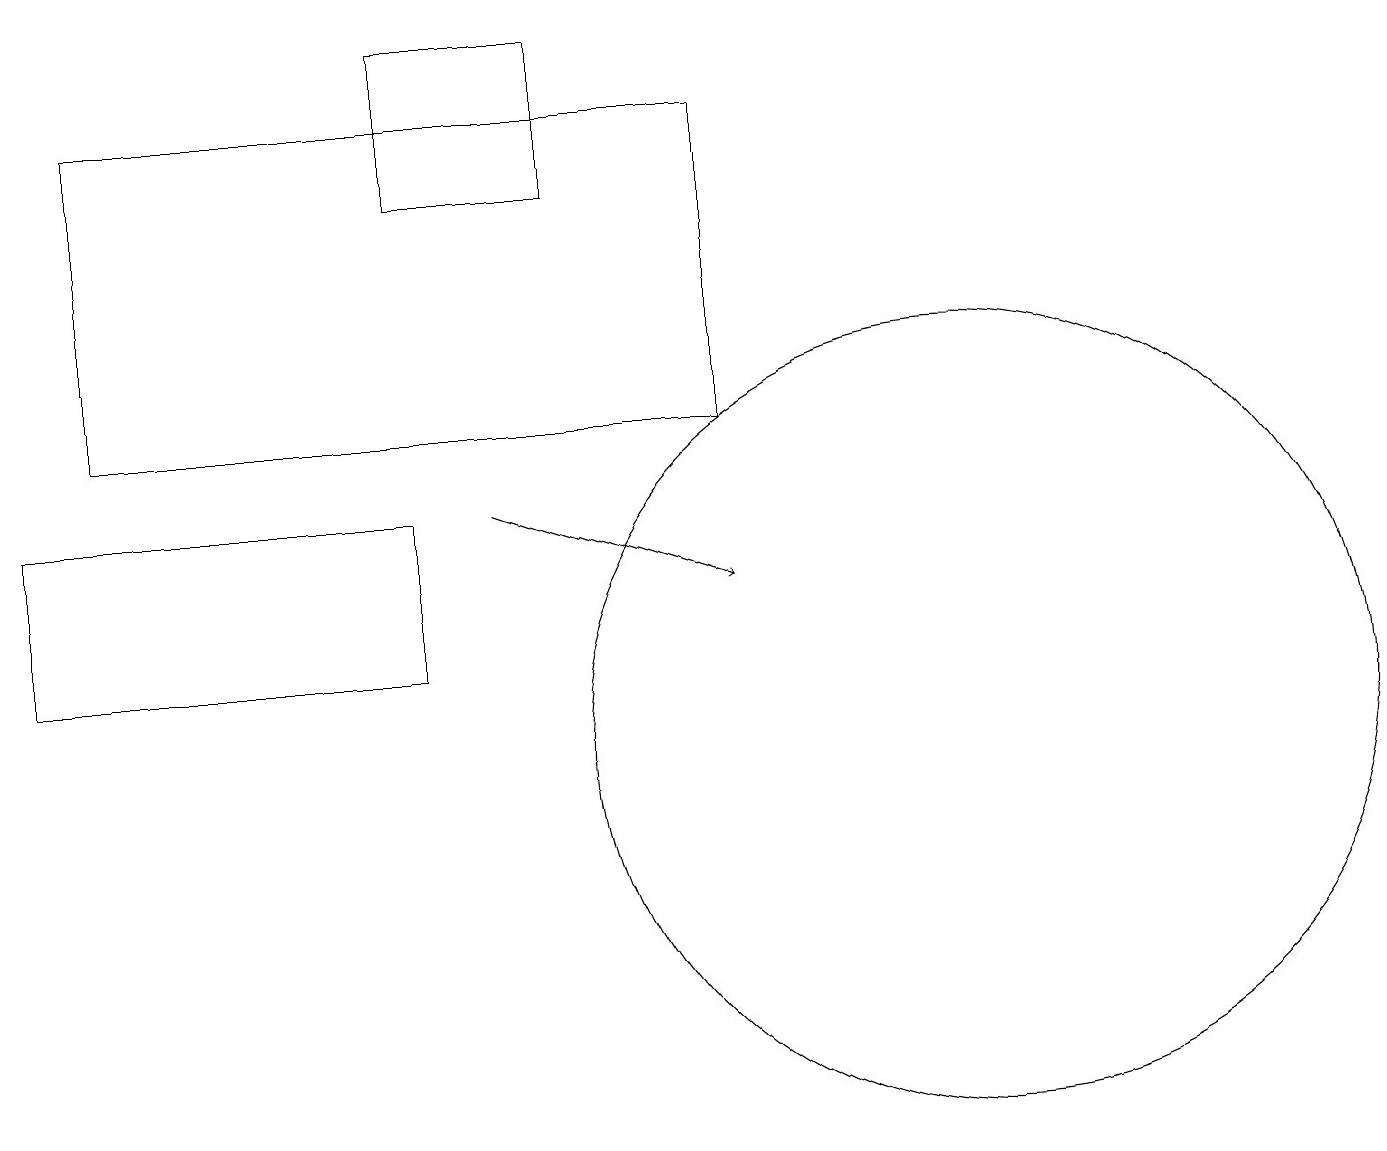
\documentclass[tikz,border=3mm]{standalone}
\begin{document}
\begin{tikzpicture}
\draw (12,10) circle (5);
\draw (0,13) rectangle (5,11);
\draw[->] (6,13) -- (9,12);
\draw (1,18) rectangle (9,14);
\draw (7,19) rectangle (5,17);
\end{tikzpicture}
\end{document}